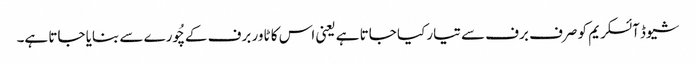
شیوڈ آئسکریم کو صرف برف سے تیار کیا جاتا ہے یعنی اس کا ٹاور برف کے چُورے سے بنایا جاتا ہے۔